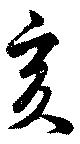
亥